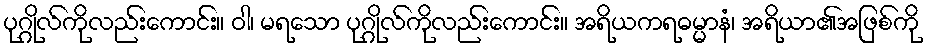
ပုဂ္ဂိုလ်ကိုလည်းကောင်း။ ဝါ၊ မရသော ပုဂ္ဂိုလ်ကိုလည်းကောင်း။ အရိယကရဓမ္မာနံ၊ အရိယာ၏အဖြစ်ကို